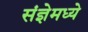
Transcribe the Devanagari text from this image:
संज्ञेमध्ये